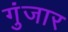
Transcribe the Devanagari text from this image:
गुंजार